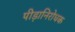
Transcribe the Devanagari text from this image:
पीड़ानिरोधक